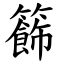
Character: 籂